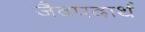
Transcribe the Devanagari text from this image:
जैवपदार्थ